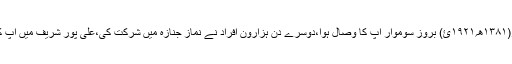
۱۲؍ربیع الاول،۱۶؍اکتوبر(۱۳۸۱ھ؍۱۹۲۱ئ) بروز سوموار آپ کا وصال ہوا،دوسرے دن ہزارون افراد نے نماز جنازہ میں شرکت کی،علی پور شریف میں آپ کا مرجع خاص و عام ہے۔